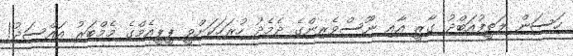
ހަސަން ލަތީފުއަބްދު ގާޒީ އާއި ނޫސްވެރިންގެ ދެމެދު ހުރަހަކަށްވީ ޕީޕީއެމްގެ މެމްބަރު އައްސަދު!